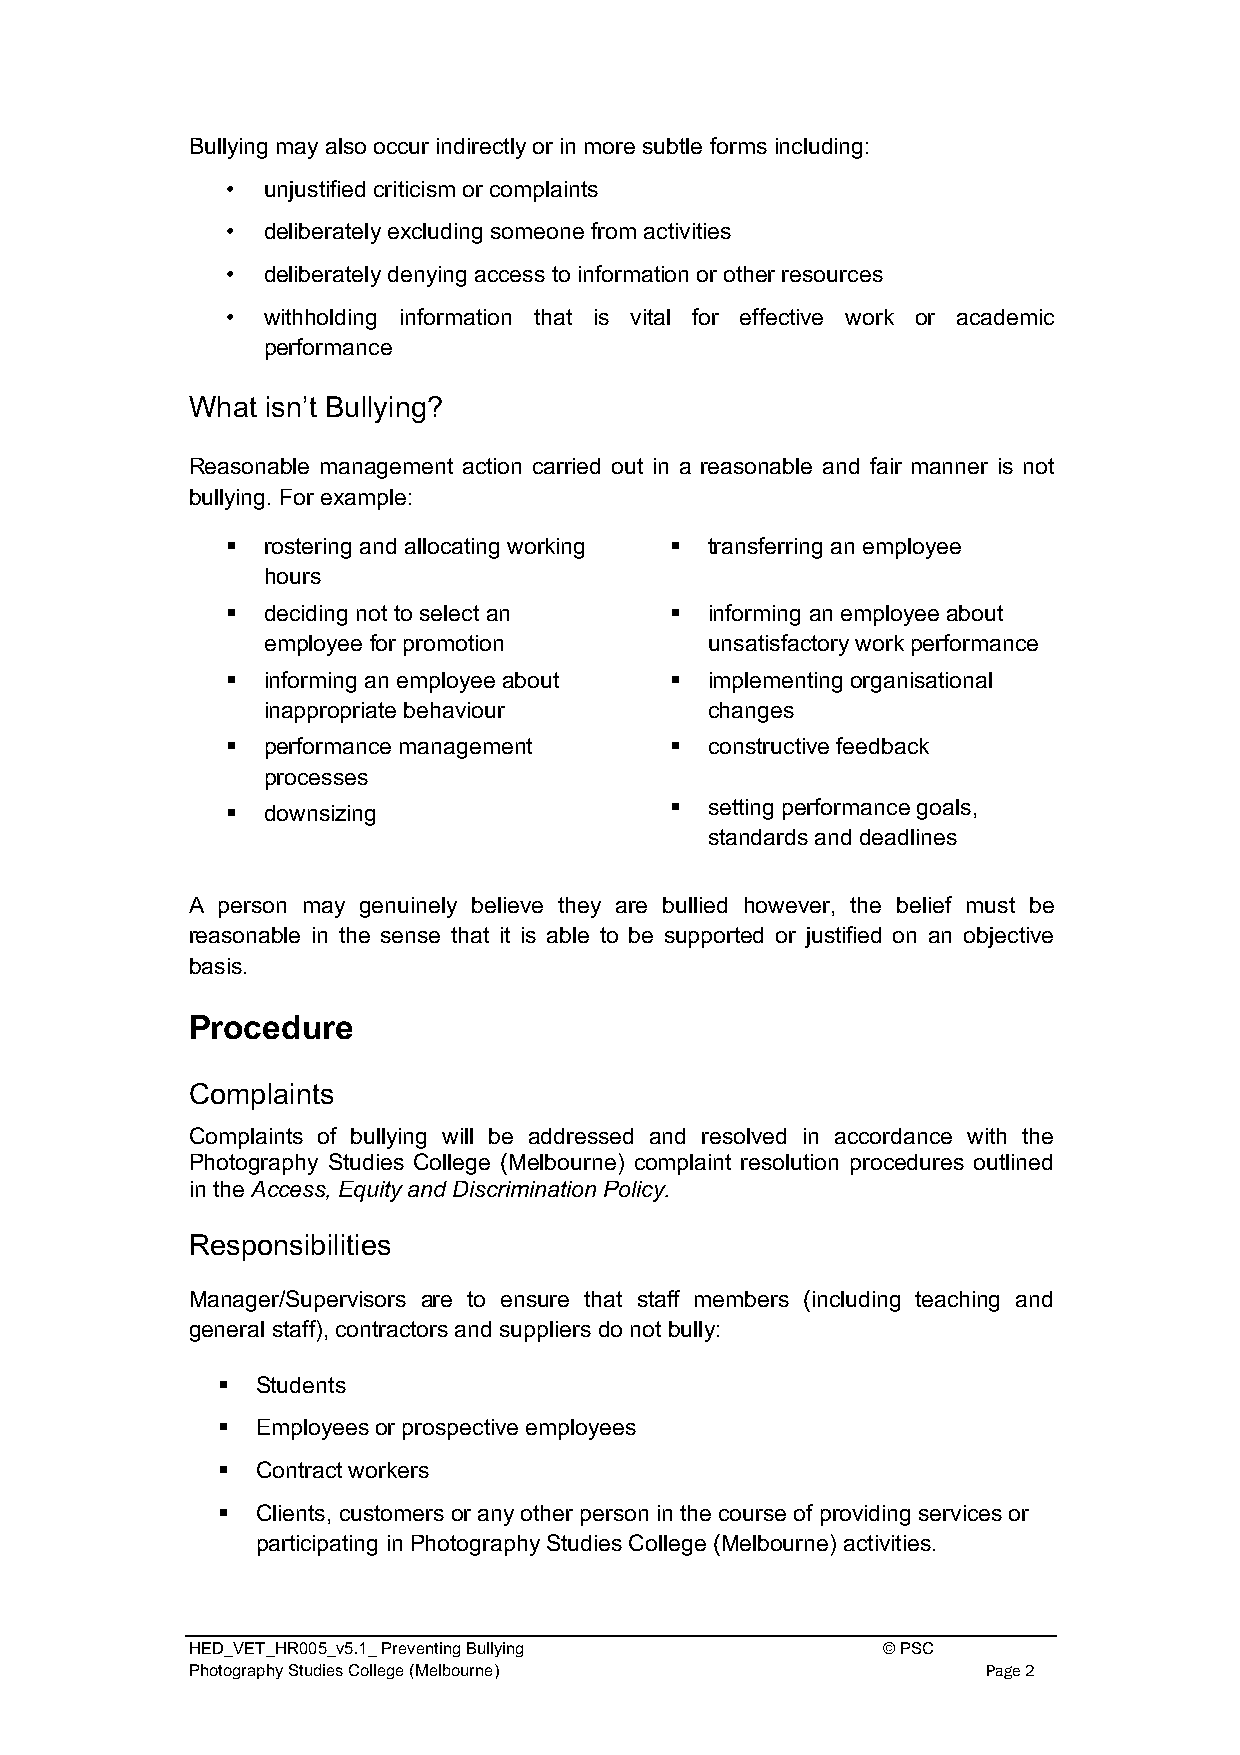
Bullying may also occur indirectly or in more subtle forms including:
 • unjustified criticism or complaints
 • deliberately excluding someone from activities
 • deliberately denying access to information or other resources
 • withholding information that is vital for effective work or academic
 performance
 What  isn’t Bullying?
 Reasonable management action carried out in a reasonable and fair manner is not
 bullying. For example:
 § rostering and allocating working § transferring an employee
 hours
 § deciding not to select an  §  informing an employee about
 employee for promotion        unsatisfactory work performance
 § informing an employee about § implementing organisational
 inappropriate behaviour       changes
 § performance management     §  constructive feedback
 processes
 §  setting performance goals,
 § downsizing
 standards and deadlines
 A person may genuinely believe they are bullied however, the belief must be
 reasonable in the sense that it is able to be supported or justified on an objective
 basis.
 Procedure
 Complaints
 Complaints of bullying will be addressed and resolved in accordance with the
 Photography Studies College (Melbourne) complaint resolution procedures outlined
 in the Access, Equity and Discrimination Policy.
 Responsibilities
 Manager/Supervisors are to ensure that staff members (including teaching and
 general staff), contractors and suppliers do not bully:
 §  Students
 §  Employees or prospective employees
 §  Contract workers
 §  Clients, customers or any other person in the course of providing services or
 participating in Photography Studies College (Melbourne) activities.
 HED_VET_HR005_v5.1_ Preventing Bullying       © PSC
 Photography Studies College (Melbourne)              Page 2